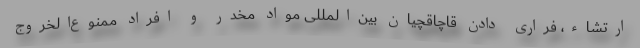
ارتشاء، فراری دادن قاچاقچیان بین‌المللی مواد مخدر و افراد ممنوع‌الخروج